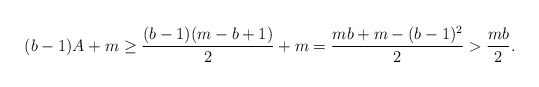
\begin{align*}(b-1)A+m\ge {(b-1)(m-b+1)\over2}+m ={mb+m-(b-1)^2\over2}> {mb\over2}.\end{align*}